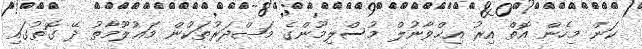
ކަން މިހެން އޮތް އިރު އިޚްވާނުލް މުސްލިމޫންގެ މަޞްދަރުތަކުން މަޢުލޫމާތު ދޭ ގޮތުގައި